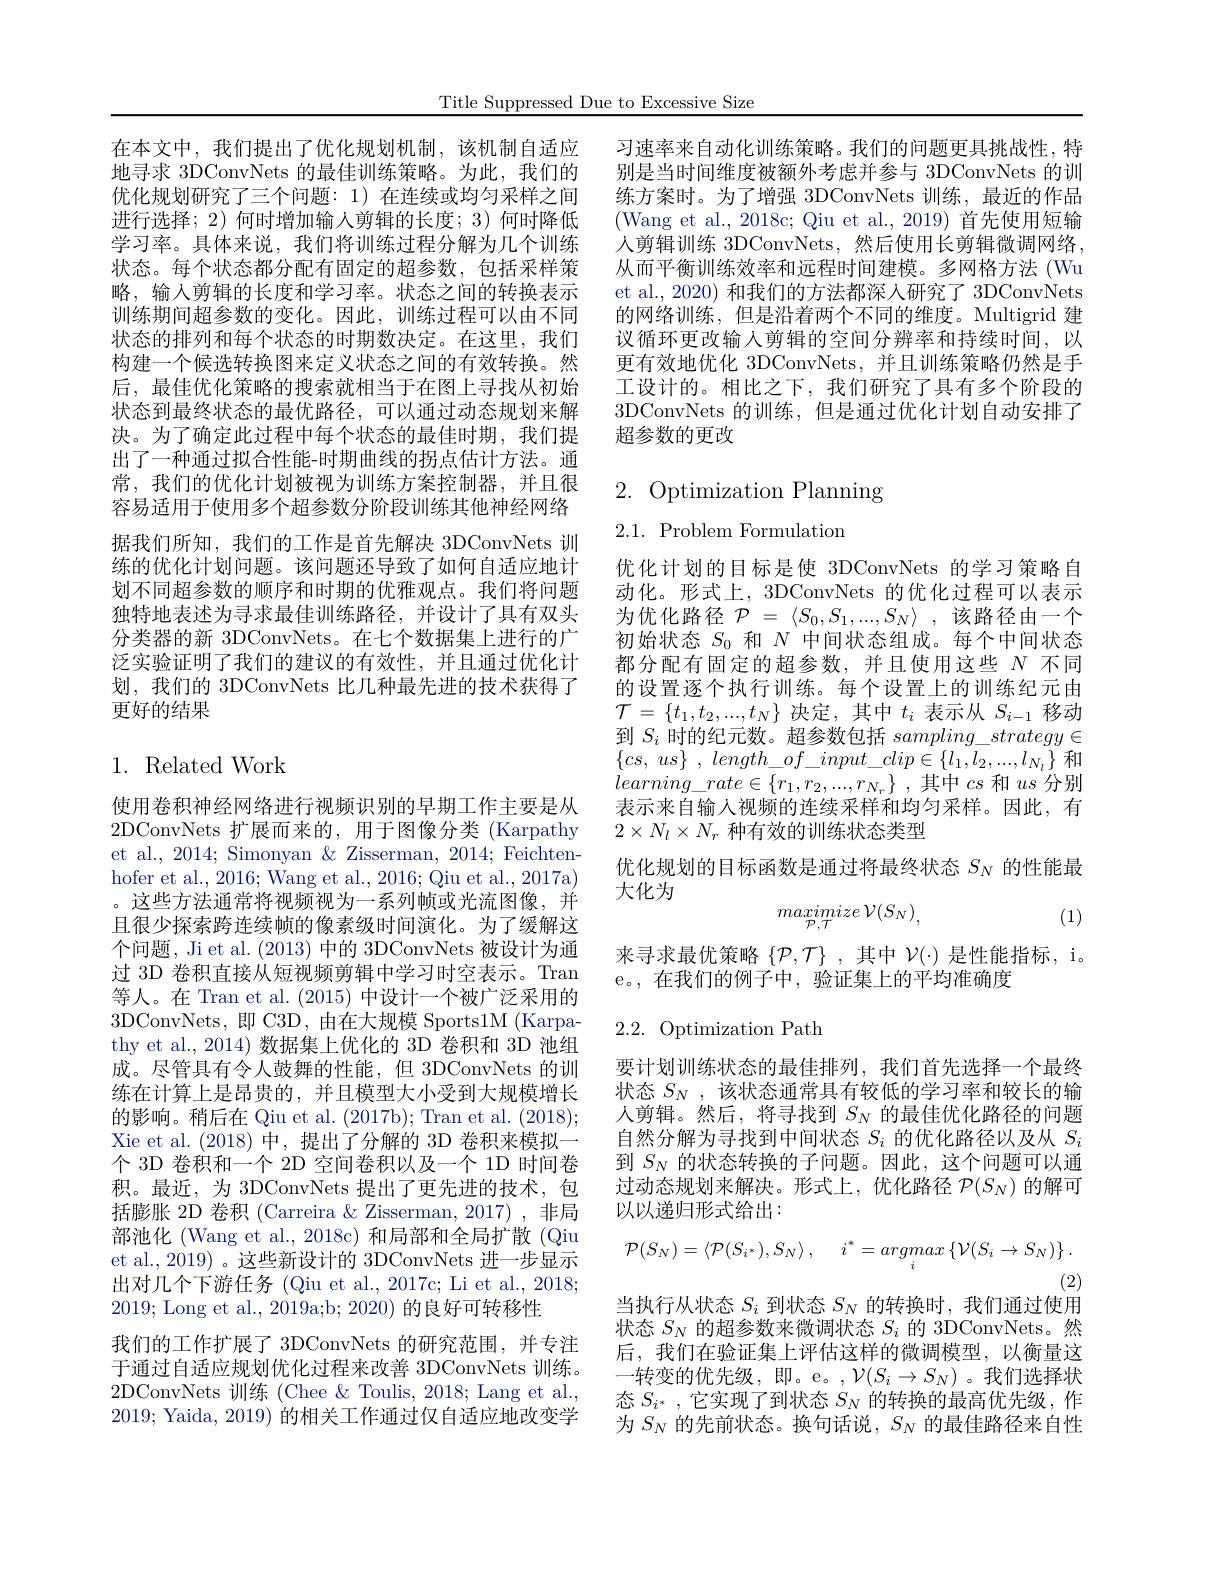
Title Suppressed Due to Excessive Size

优化规划研究了三个问题：1)在连续或均匀采样之间进行选择；2) 何时增加输入剪辑的长度；3) 何时降低学习率。具体来说，我们将训练过程分解为几个训练状态。每个状态都分配有固定的超参数，包括采样策略，输入剪辑的长度和学习率。状态之间的转换表示训练期间超参数的变化。因此，训练过程可以由不同状态的排列和每个状态的时期数决定。在这里，我们构建一个候选转换图来定义状态之间的有效转换。然后，最佳优化策略的搜索就相当于在图上寻找从初始状态到最终状态的最优路径，可以通过动态规划来解决。为了确定此过程中每个状态的最佳时期，我们提出了一种通过拟合性能-时期曲线的拐点估计方法。通常，我们的优化计划被视为训练方案控制器，并且很容易适用于使用多个超参数分阶段训练其他神经网络据我们所知，我们的工作是首先解决 3DConvNets 训练的优化计划问题。该问题还导致了如何自适应地计划不同超参数的顺序和时期的优雅观点。我们将问题独特地表述为寻求最佳训练路径，并设计了具有双头分类器的新 3DConvNets。在七个数据集上进行的广泛实验证明了我们的建议的有效性，并且通过优化计划，我们的 3DConvNets 比几种最先进的技术获得了更好的结果

# 1. Related Work

使用卷积神经网络进行视频识别的早期工作主要是从2DConvNets 扩展而来的，用于图像分类(Karpathy) et al., 2014; Simonyan & Zisserman, 2014; Feichtenhofer et al., 2016; Wang et al., 2016; Qiu et al., 2017a) 。这些方法通常将视频视为一系列帧或光流图像，并且很少探索跨连续帧的像素级时间演化。为了缓解这个问题，Ji et al. (2013)中的 3DConvNets 被设计为通过 3D 卷积直接从短视频剪辑中学习时空表示。Tran 等人。在 Tran et al. (2015) 中设计一个被广泛采用的3DConvNets,即 C3D, 由在大规模 Sports1M (Karpathy et al., 2014) 数据集上优化的 3D 卷积和 3D 池组成。尽管具有令人鼓舞的性能，但 3DConvNets 的训练在计算上是昂贵的，并且模型大小受到大规模增长的影响。稍后在 Qiu et al. (2017b); Tran et al. (2018); Xie et al.(2018) 中，提出了分解的 3D 卷积来模拟一个 3D 卷积和一个 2D 空间卷积以及一个 1D 时间卷积。最近，为 3DConvNets 提出了更先进的技术，包括膨胀 2D 卷积 (Carreira & Zisserman, 2017) ,非局部池化 (Wang et al., 2018c) 和局部和全局扩散 (Qiu et al., 2019) 。这些新设计的 3DConvNets 进一步显示出对几个下游任务 (Qiu et al., 2017c; Li et al., 2018; 2019; Long et al., 2019a;b; 2020) 的良好可转移性
我们的工作扩展了 3DConvNets 的研究范围，并专注于通过自适应规划优化过程来改善 3DConvNets 训练。2DConvNets 训练(Chee & Toulis, 2018; Lang et al., 2019; Yaida, 2019) 的相关工作通过仅自适应地改变学

在本文中，我们提出了优化规划机制，该机制自适应 习速率来自动化训练策略。我们的问题更具挑战性，特地寻求 3DConvNets 的最佳训练策略。为此，我们的 别是当时间维度被额外考虑并参与 3DConvNets 的训
练方案时。为了增强 3DConvNets 训练，最近的作品(Wang et al., 2018c; Qiu et al., 2019) 首先使用短输人剪辑训练 3DConvNets,然后使用长剪辑微调网络， 从而平衡训练效率和远程时间建模。多网格方法 (Wu et al., 2020) 和我们的方法都深入研究了 3DConvNets 的网络训练，但是沿着两个不同的维度。Multigrid 建议循环更改输入剪辑的空间分辨率和持续时间，以更有效地优化 3DConvNets, 并且训练策略仍然是手工设计的。相比之下，我们研究了具有多个阶段的3DConvNets 的训练，但是通过优化计划自动安排了超参数的更改

2. Optimization Planning

$2.1.{\mathrm{~Problem~Formulation}}$

优化计划的目标是使 3DConvNets 的学习策略自动化。形式上，3DConvNets 的优化过程可以表示为优化路径$\mathcal{P} = \langle S_0, S_1, . . . , S_N\rangle$ ,该路径由一个初始状态$S_{0}$和$N$中间状态组成。每个中间状态都分配有固定的超参数，并且使用这些$N$不同的设置逐个执行训练。每个设置上的训练纪元由$\mathcal{T}=\{t_1,t_2,...,t_N\}$决定，其中$t_i$表示从$S_i-1$移动到$S_i$时的纪元数。超参数包括$sampling\_strategy\in$ $\{ cs$, $us\}$ , $length\_ of\_ input\_ clip\in \{ l_{1}, l_{2}, \ldots , l_{N_{l}}\}$ 和$learning\_ rate\in \{ r_{1}, r_{2}, . . . , r_{N_{r}}\}$ ,其中$cs$ 和$us$ 分别表示来自输入视频的连续采样和均匀采样。因此，有$2\times N_l\times N_r$种有效的训练状态类型
优化规划的目标函数是通过将最终状态$S_N$的性能最

大化为
$$maximize\:\mathcal{V}(S_{N}),$$
(1)

来寻求最优策略$\{\mathcal{P},\mathcal{T}\}$ ,其中$\mathcal{V}(\cdot)$是性能指标，i。
e。,在我们的例子中，验证集上的平均准确度

# 2.2. Optimization Path

要计划训练状态的最佳排列，我们首先选择一个最终状态$S_N$ ,该状态通常具有较低的学习率和较长的输人剪辑。然后，将寻找到$S_N$的最佳优化路径的问题自然分解为寻找到中间状态$S_i$的优化路径以及从$S_i$ 到$S_N$的状态转换的子问题。因此，这个问题可以通过动态规划来解决。形式上，优化路径$\mathcal{P}(S_N)$的解可以以递归形式给出：
$$\mathcal{P}(S_{N})=\langle\mathcal{P}(S_{i^{*}}),S_{N}\rangle\:,\quad i^{*}=argmax\left\{\mathcal{V}(S_{i}\to S_{N})\right\}.$$
(2)
当执行从状态$S_i$到状态$S_N$的转换时，我们通过使用状态$S_N$的超参数来微调状态$S_i$的 3DConvNets。然后，我们在验证集上评估这样的微调模型，以衡量这一转变的优先级，即。e。$,\mathcal{V}(S_i\rightarrow S_N)$ 。我们选择状态$S_{i^*}$ ,它实现了到状态$S_N$的转换的最高优先级，作为$S_N$的先前状态。换句话说，$S_N$的最佳路径来自性